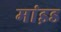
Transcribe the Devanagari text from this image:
मांइड